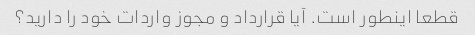
قطعا اینطور است. آیا قرارداد و مجوز واردات خود را دارید؟